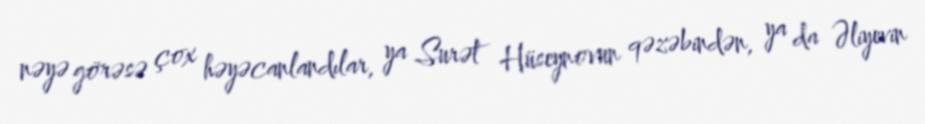
nəyə görəsə çox həyəcanlandılar, ya Surət Hüseynovun qəzəbindən, ya da Əliyevin